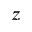
z